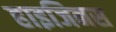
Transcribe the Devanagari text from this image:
हाइजिनस